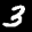
Label: 3